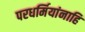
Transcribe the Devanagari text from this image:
परधर्मियांनाहि